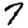
Digit: 7